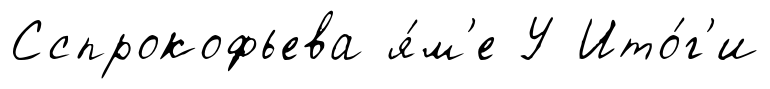
Сспрокофьева я́м'е У Ито́г'и